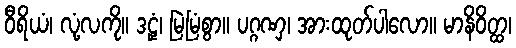
ဝီရိယံ၊ လုံ့လကို။ ဒဠှံ၊ မြဲမြံစွာ။ ပဂ္ဂဏှ၊ အားထုတ်ပါလော။ မာနိဝိတ္ထ၊